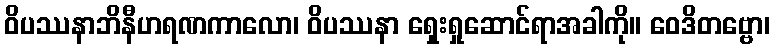
ဝိပဿနာဘိနီဟရဏကာလော၊ ဝိပဿနာ ရှေးရှုဆောင်ရာအခါကို။ ဝေဒိတဗ္ဗော၊